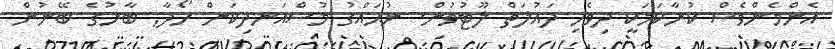
އެންމެންވެސް ކުރާކަމަކީ ދިވެހި ދައުލަތް ލޫޓުވުން. ނުޙައްގު މުސްއަނދިކަން ހޯދާ